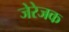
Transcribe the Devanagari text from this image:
जेरेजक